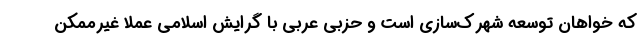
که خواهان توسعه شهرک‌سازی است و حزبی عربی با گرایش اسلامی عملا غیرممکن